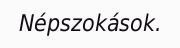
Népszokások.